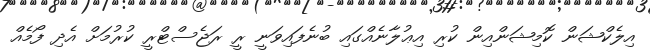
އިލެކްޝަން ކޮމިޝަންއިން ކުރި އިޢުލާނެއްގައި ބުނެފައިވަނީ ރީ ރަޖެސްޓްރީ ކުރުމަށް އެދި ފޯމެއް